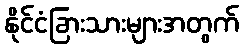
နိုင်ငံခြားသားများအတွက်